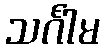
သင်္ဂါမ